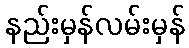
နည်းမှန်လမ်းမှန်